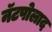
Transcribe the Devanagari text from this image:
नॅटपोलाद